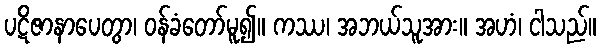
ပဋိဇာနာပေတွာ၊ ဝန်ခံတော်မူ၍။ ကဿ၊ အဘယ်သူအား။ အဟံ၊ ငါသည်။